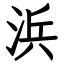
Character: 浜